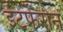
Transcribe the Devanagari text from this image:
इंटर्फेरोन